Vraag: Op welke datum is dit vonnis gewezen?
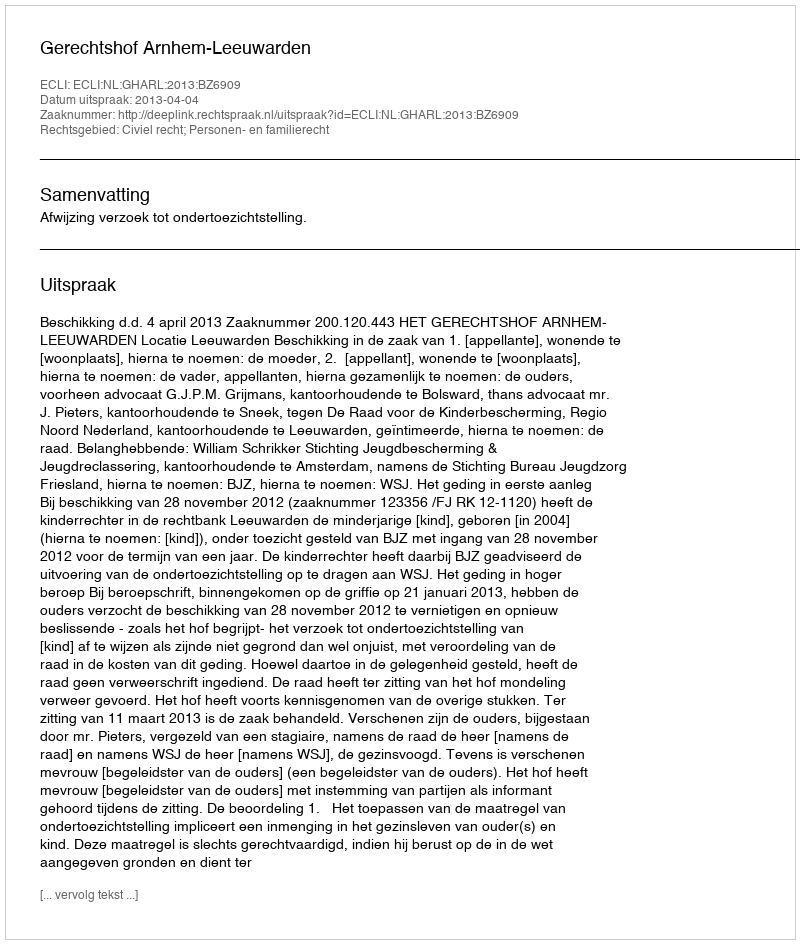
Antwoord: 2013-04-04